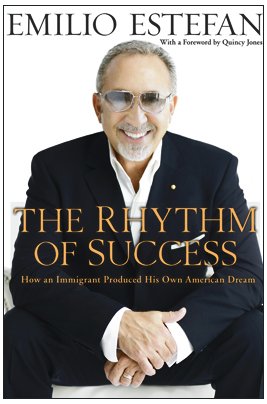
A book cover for The Rhythm of Success: How an Immigrant Produced His Own American Dream; Emilio Estefan; Biographies & Memoirs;